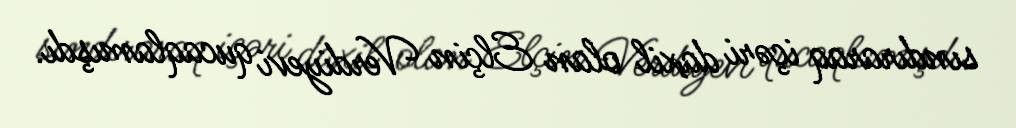
sındıraraq içəri daxil olan Elçin Verdiyevi qucaqlamışdı.